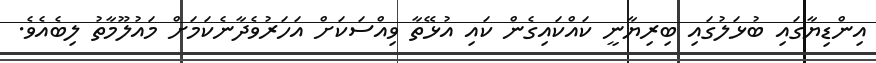
އިންޑިޔާގައި ބުޅަލުގައި ބިރިޔާނީ ކައްކައިގެން ކައި އުޅޭތާ ވިއްސަކަށް އަހަރުވެދާނެކަމަށް މައުލޫމާތު ލިބެއެވެ.